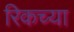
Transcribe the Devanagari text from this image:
रिकच्या